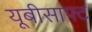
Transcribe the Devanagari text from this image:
यूबीसाफ्ट